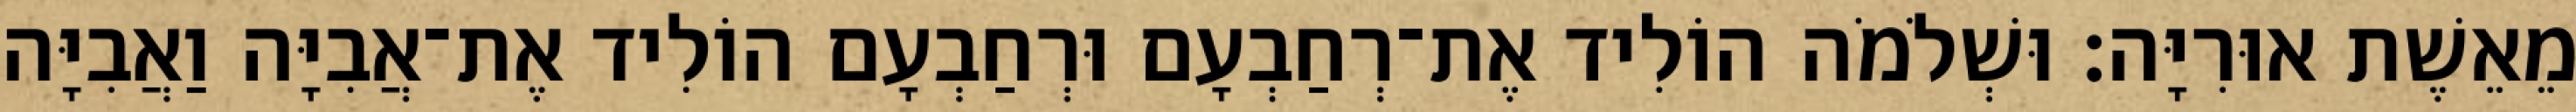
מֵאֵשֶׁת אוּרִיָּה׃ וּשְׁלֹמֹה הוֹלִיד אֶת־רְחַבְעָם וּרְחַבְעָם הוֹלִיד אֶת־אֲבִיָּה וַאֲבִיָּה